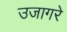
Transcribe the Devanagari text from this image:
उजागरे